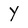
Character: Y